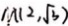
M ( 2 , \sqrt { 3 } )